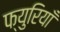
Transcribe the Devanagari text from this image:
फ्युरियाँ